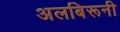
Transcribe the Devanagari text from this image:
अलबिरूनी